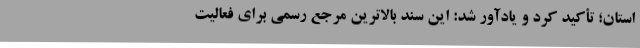
استان؛ تأکید کرد و یادآور شد: این سند بالاترین مرجع رسمی برای فعالیت